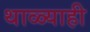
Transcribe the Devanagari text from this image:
थाळ्याही